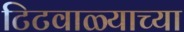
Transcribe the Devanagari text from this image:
टिटवाळ्याच्या